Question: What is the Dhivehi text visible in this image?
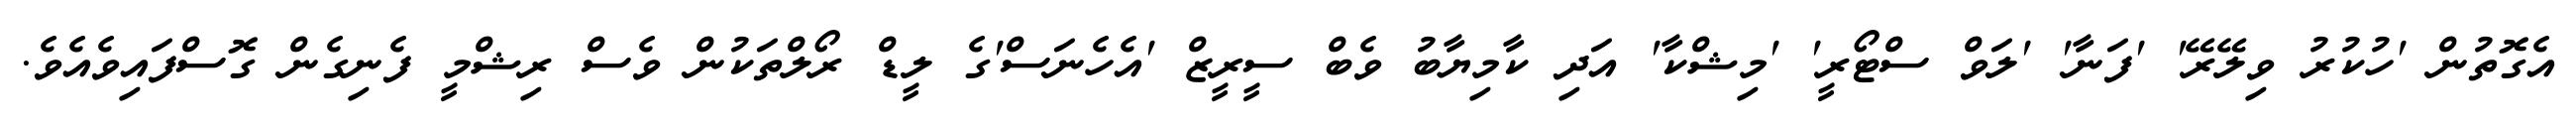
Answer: އެގޮތުން 'ހުކުރު ވިލޭރޭ' 'ފަނާ' 'ލަވް ސްޓޯރީ' 'މިޝްކާ' އަދި ކާމިޔާބު ވެބް ސީރީޒް 'އެހެނަސް'ގެ ލީޑް ރޯލްތަކުން ވެސް ރިޝްމީ ފެނިގެން ގޮސްފައިވެއެވެ.